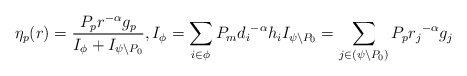
\begin{align*} \eta_p(r)=\frac{P_p r^{-\alpha}{g_p}}{I_{\phi}+ I_{\psi\setminus P_0}}, I_{\phi}=\sum\limits_{i\in \phi}P_m{d_i}^{-\alpha}{h_i} I_{\psi\setminus P_0}=\sum\limits_{j\in (\psi \setminus P_0)}P_p{r_j}^{-\alpha}{g_j}\end{align*}